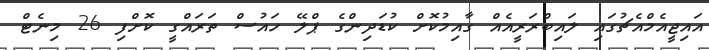
އައިޖީއެމްއެޗުގައި ލައިބްރަރީއެއް ގާއިމުކޮށް ކުޑަދިންގެ ޕްލޭ ހައުސް ތަރައްގީ ކޮށްފި 26 މިނެޓް